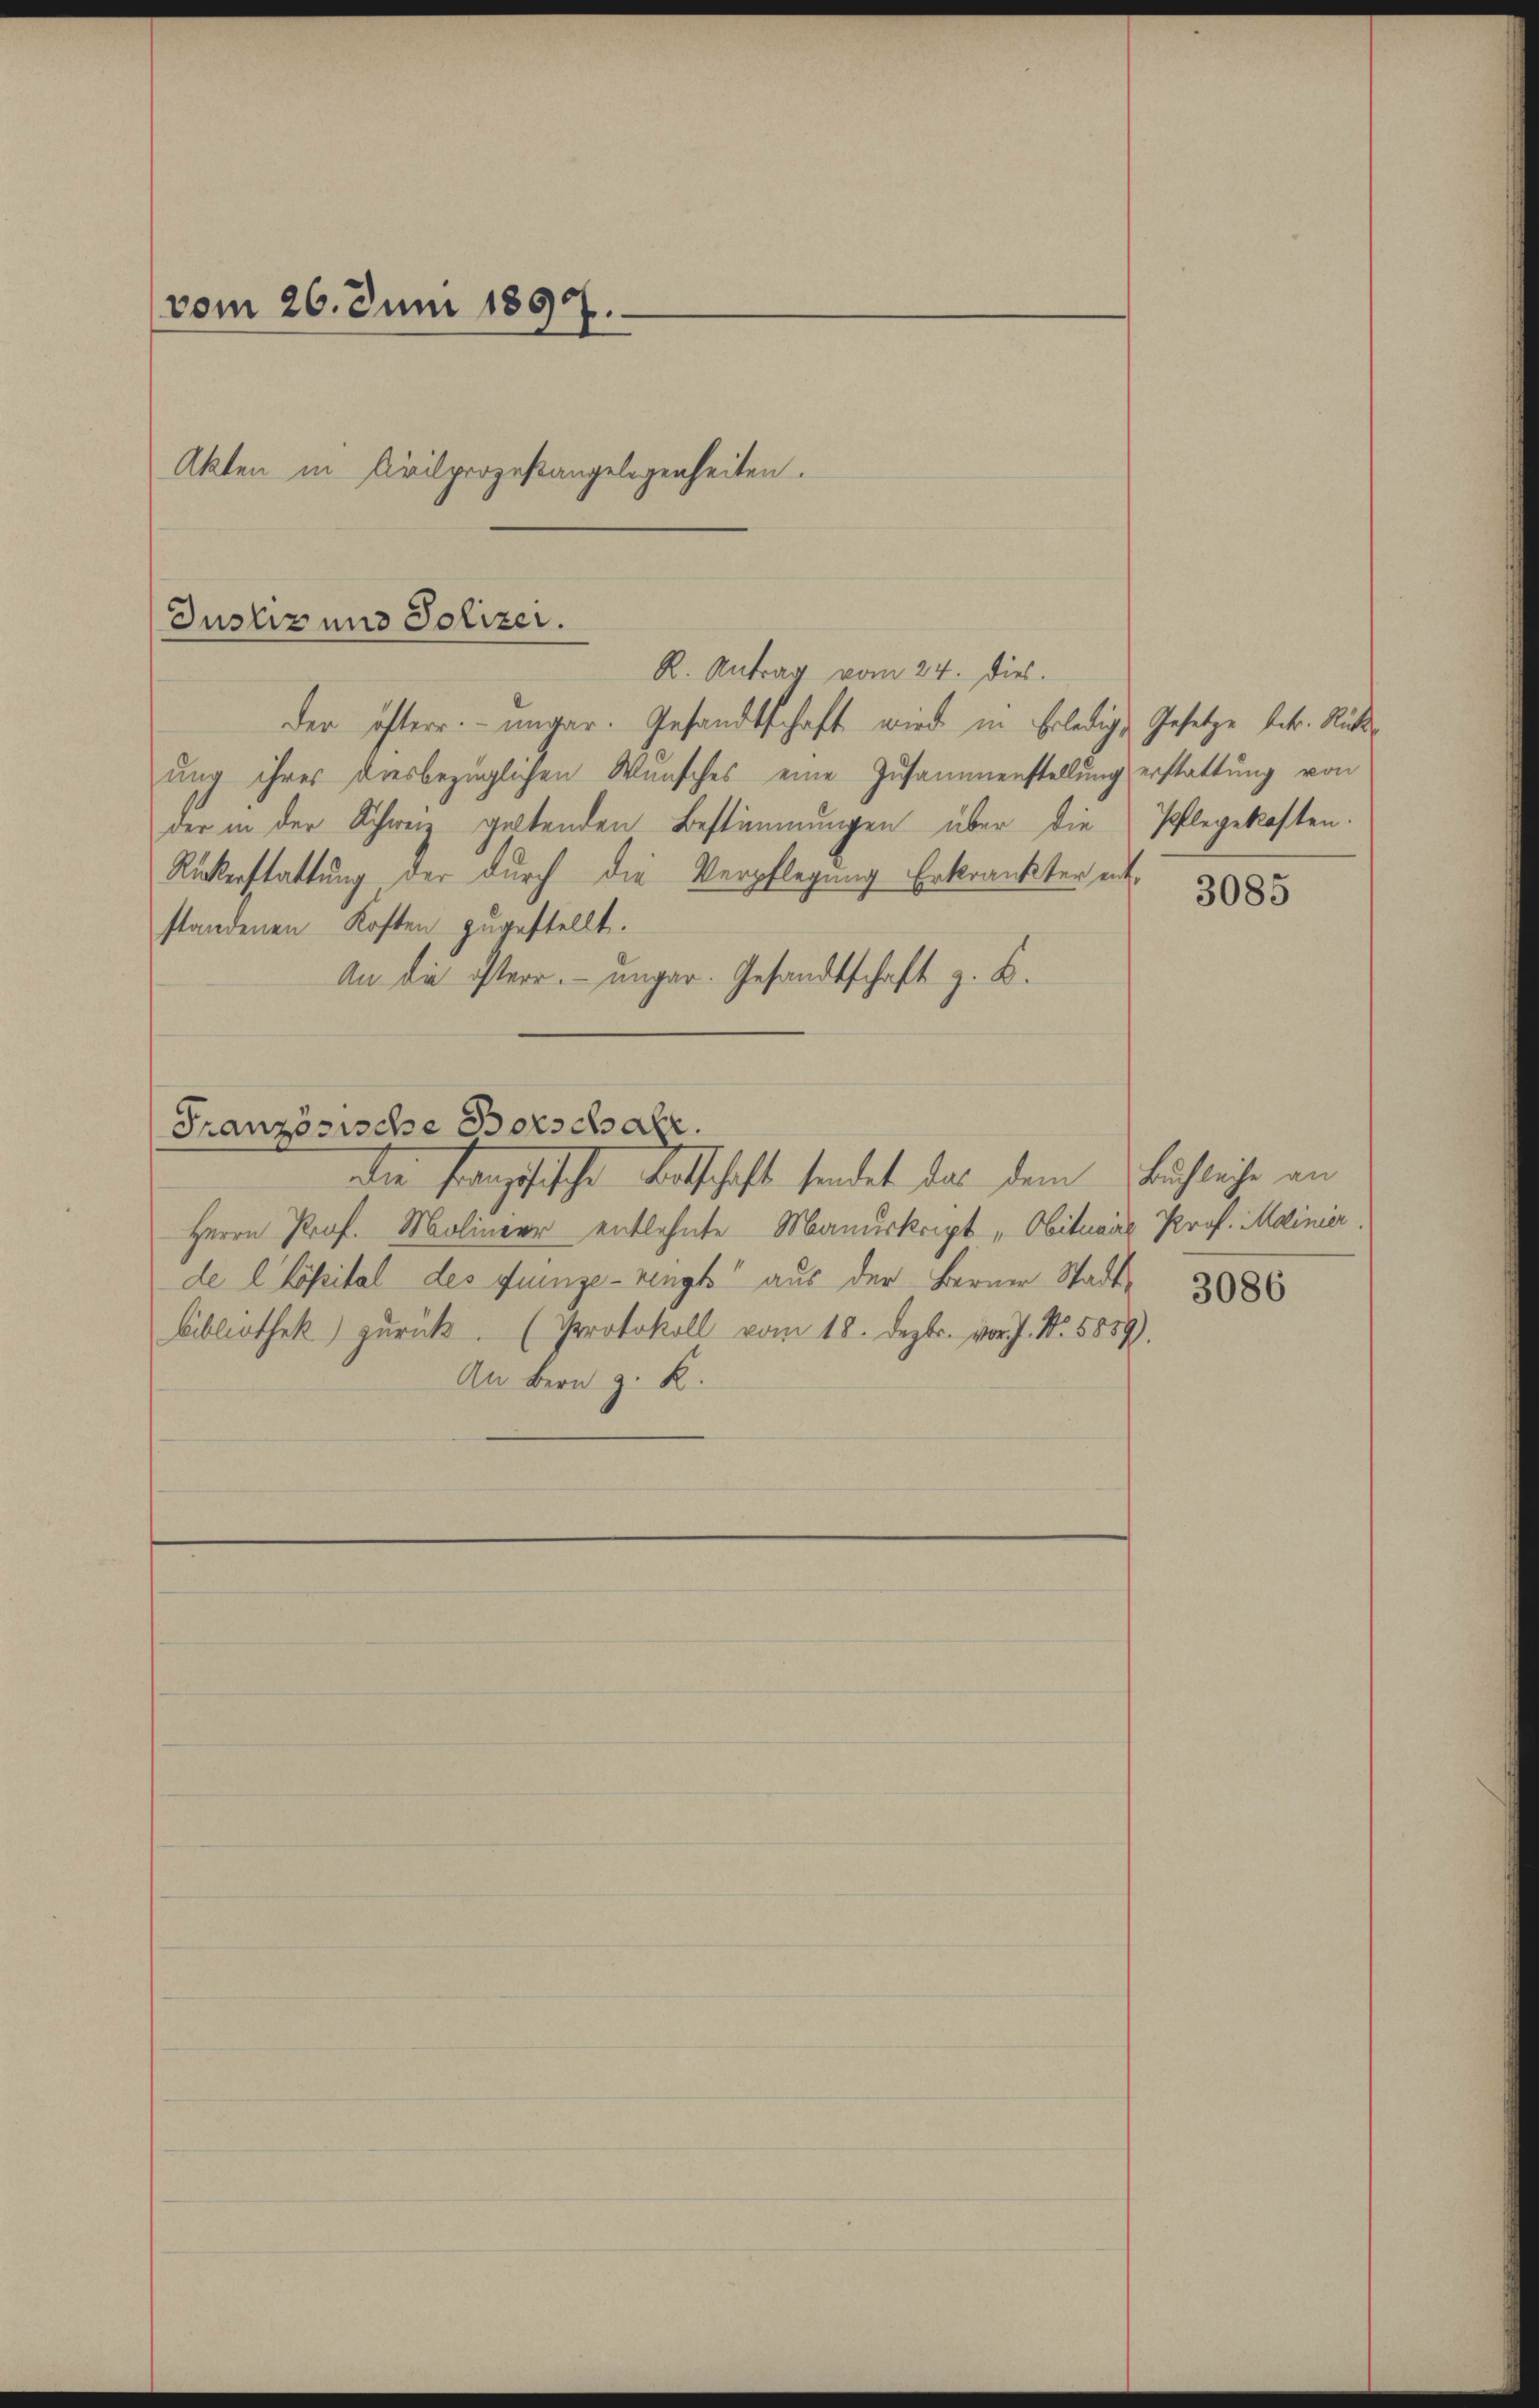
(vom 26. Juni 1897.
Akten in Civilprozeßangelegenheiten.

Justiz und Polizei.
R. Antrag vom 24. Dies

der öfterr. ungar. Gesandtschaft wird in Erledig, Gesetze betr. Rückung ihres diesbezüglichen Wunsches eine Zusammenstellung erstattung von
der in der Schweiz geltenden Bestimmungen über die Pflegekosten.
Rückerstattung der durch die Verpflegung Erkrankter entstandenen Kosten zugestellt.
An die österr. ungar. Gesandtschaft z. B.
Französische Botschale.
die französische Betschaft sendet das dem Bächliche an
Herrn Prof. Molinier entlehnte Manuskript „Obitural Prof. Mainier.
de l Cäpital des Jungezeigt aus der Berner Stadt- 8888
bibliothek zurück. (Protokoll vom 18. Dezbr. vor J. N. 5859).
An Bern z. K.

3085